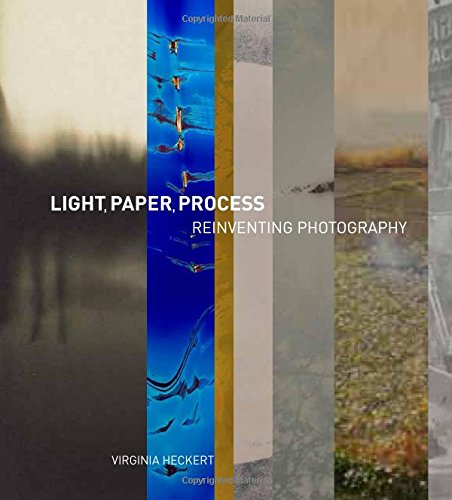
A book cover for Light, Paper, Process: Reinventing Photography; Virginia Heckert; Arts & Photography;